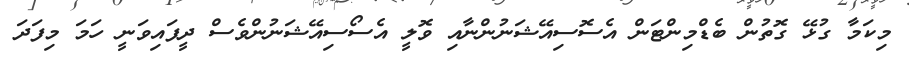
މިކަމާ ގުޅޭ ގޮތުން ބެޑްމިންޓަން އެސޮސިއޭޝަނުންނާއި ވޮލީ އެސޯސިއޭޝަނުންވެސް ދީފައިވަނީ ހަމަ މިފަދަ